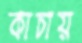
কাচায়